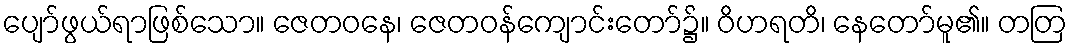
ပျော်ဖွယ်ရာဖြစ်သော။ ဇေတဝနေ၊ ဇေတဝန်ကျောင်းတော်၌။ ဝိဟရတိ၊ နေတော်မူ၏။ တတြ